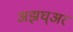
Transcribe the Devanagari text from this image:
अझघ्अर